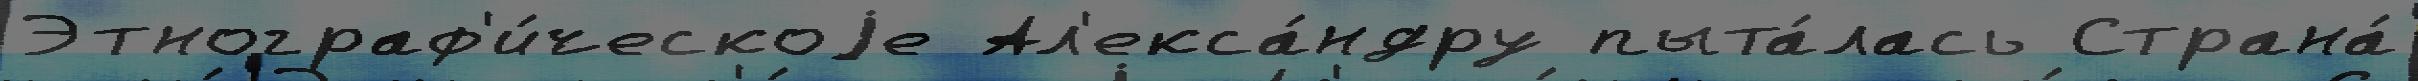
Этнограф'и́ческоjе Ал'екса́ндру пыта́лась Страна́